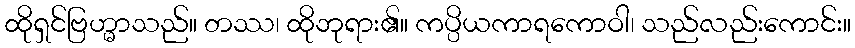
ထိုရှင်ဗြဟ္မာသည်။ တဿ၊ ထိုဘုရား၏။ ကပ္ပိယကာရကောဝါ၊ သည်လည်းကောင်း။